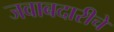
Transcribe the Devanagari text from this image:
जवाबदारीचे